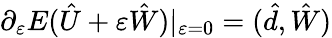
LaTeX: \partial_{\varepsilon}E(\hat{U}+\varepsilon\hat{W})|_{\varepsilon=0}=(\hat{d},\hat{W})